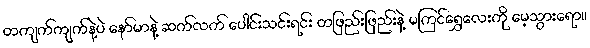
တကျက်ကျက်နဲ့ပဲ နော်မာနဲ့ ဆက်လက် ပေါင်းသင်းရင်း တဖြည်းဖြည်းနဲ့ မကြင်ရွှေလေးကို မေ့သွားရော။